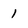
Character: 1